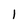
Character: 1